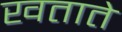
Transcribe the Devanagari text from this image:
खताते